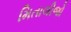
મિતાલીજો